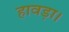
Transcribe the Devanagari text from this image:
हावड़ा।